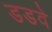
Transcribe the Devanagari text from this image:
डडवे